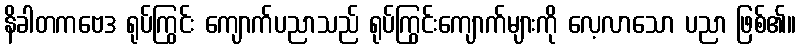
နိခါတကဗေဒ ရုပ်ကြွင်း ကျောက်ပညာသည် ရုပ်ကြွင်းကျောက်များကို လေ့လာသော ပညာ ဖြစ်၏။